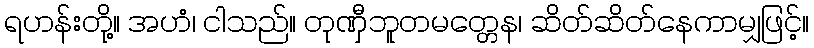
ရဟန်းတို့။ အဟံ၊ ငါသည်။ တုဏှီဘူတမတ္တေန၊ ဆိတ်ဆိတ်နေကာမျှဖြင့်။